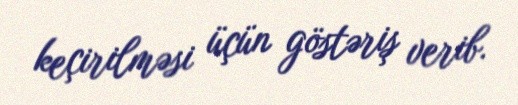
keçirilməsi üçün göstəriş verib.